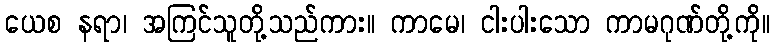
ယေစ နရာ၊ အကြင်သူတို့သည်ကား။ ကာမေ၊ ငါးပါးသော ကာမဂုဏ်တို့ကို။